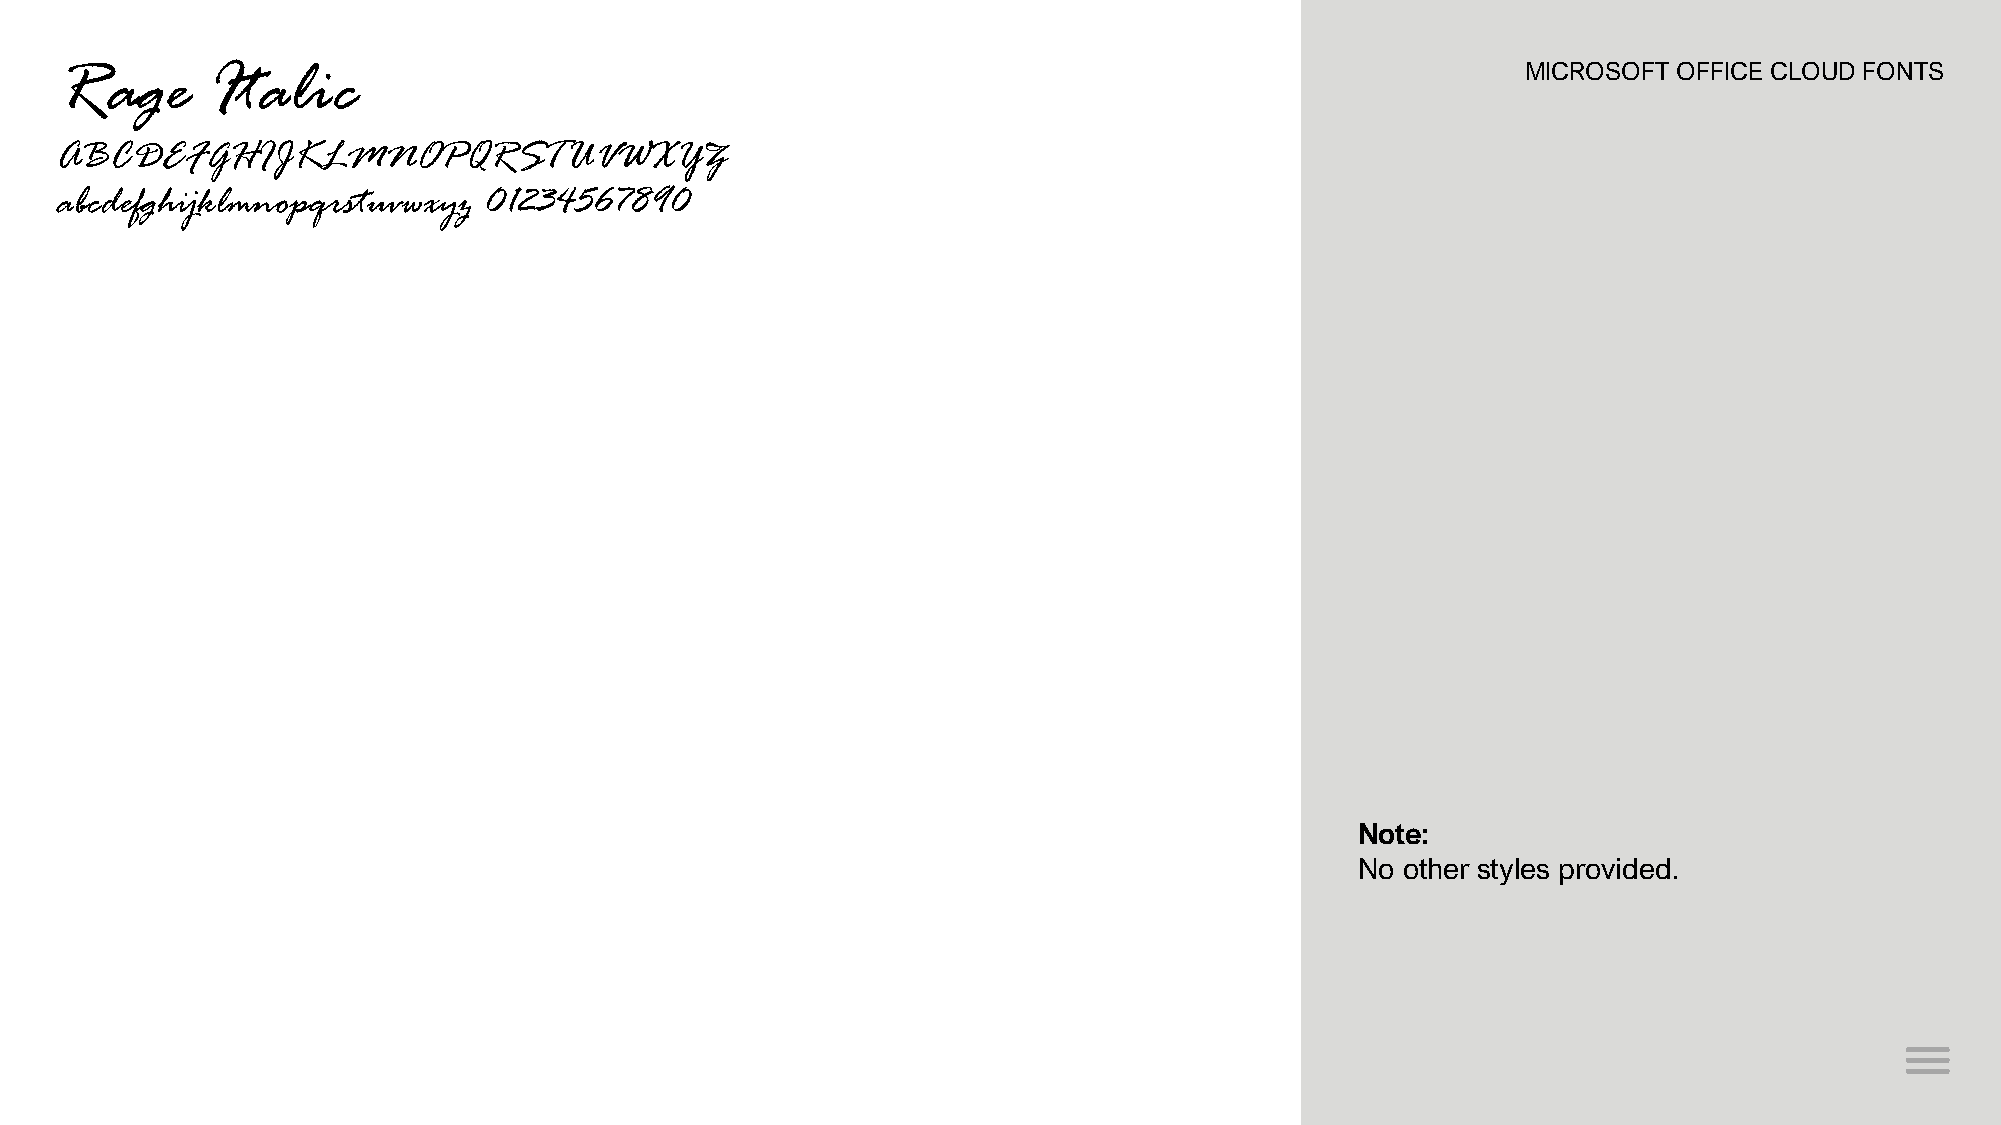
Rage      Italic                                                                                 MICROSOFT OFFICE CLOUD FONTS
 ABCDEFGHIJKLMNOPQRSTUVWXYZ
 abcdefghijklmnopqrstuvwxyz  01234567890
 Note:
 No other styles provided.